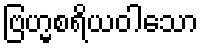
ဗြဟ္မစရိယဝါသော